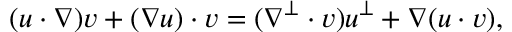
( \boldsymbol { u } \cdot \nabla ) \boldsymbol { v } + ( \nabla \boldsymbol { u } ) \cdot \boldsymbol { v } = ( \nabla ^ { \perp } \cdot \boldsymbol { v } ) \boldsymbol { u } ^ { \perp } + \nabla ( \boldsymbol { u } \cdot \boldsymbol { v } ) ,